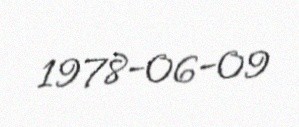
1978-06-09